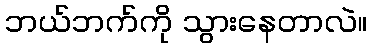
ဘယ်ဘက်ကို သွားနေတာလဲ။